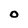
Character: O